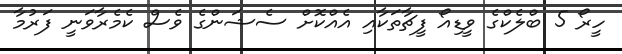
ހީރޯ 5 ބްލެކްގެ ވީޑިއޯ ފީޗާތަކާއި އެއްކޮށް ސެޝަންގެ ވެސް ކެމެރާވަނީ ފަރުމާ